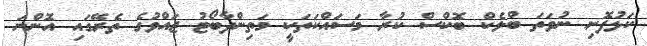
ކަޅުފޮށި ނުވަތަ ބްލެކް ބޮކްސް ކުރާ މަސައްކަތަކީ މަތިންދާބޯޓު ޖައްވުގެ ތެރޭގައި އޮންނަ